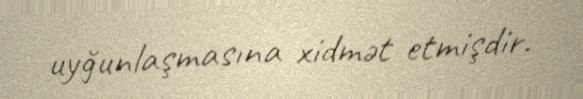
uyğunlaşmasına xidmət etmişdir.